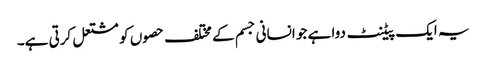
یہ ایک پیٹنٹ دوا ہے جو انسانی جسم کے مختلف حصوں کو مشتعل کرتی ہے۔